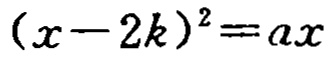
\((x - 2k)^2 = ax\)